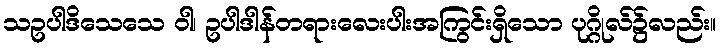
သဥပါဒိသေသေ ဝါ၊ ဥပါဒါန်တရားလေးပါးအကြွင်းရှိသော ပုဂ္ဂိုလ်၌လည်း။